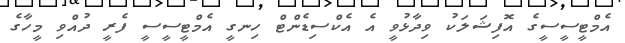
އެމްޓީސީސީގެ އޮފިޝަލަކު ވިދާޅުވީ އެ އެކްސިޑެންޓް ހިނގީ އެމްޓީސީސީ ފެރީ ދުއްވި މީހާގެ